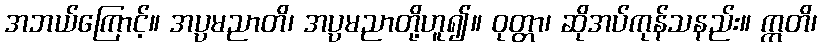
အဘယ်ကြောင့်။ အပ္ပမညာတိ၊ အပ္ပမညာတို့ဟူ၍။ ဝုတ္တာ၊ ဆိုအပ်ကုန်သနည်း။ ဣတိ၊